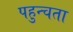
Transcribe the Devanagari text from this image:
पहुन्चता